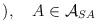
LaTeX: \begin{align*}),\quad A\in \mathcal{A}_{SA}\end{align*}